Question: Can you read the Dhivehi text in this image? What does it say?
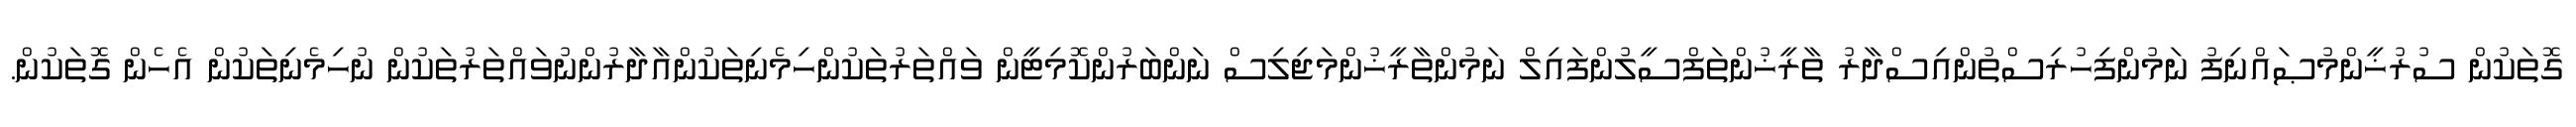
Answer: ގޮތަކުން ސުރުޚީންމުޞައްނިފު ނަމުންފިހުރިސްތުންއިސްދާރު ތާރީޚުންތަފްސީލުންފައިލް ނަމުންތާރީޚުންމަޖިލިސް ނަންބަރުންކޮމިޓީން ވައްތަރުތަކުންހިމެނިތަކުންއާދާރުންނުވައްތަރުތަކުން ނުހިމެނިތަކުން އެހެން ގޮތަކުން.